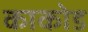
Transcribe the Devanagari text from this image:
काकोड